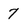
Character: 7